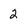
Character: 2